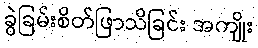
ခွဲခြမ်းစိတ်ဖြာသိခြင်း အကျိုး